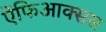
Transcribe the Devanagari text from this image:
ऐंफिआक्सस